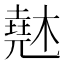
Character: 𰘨